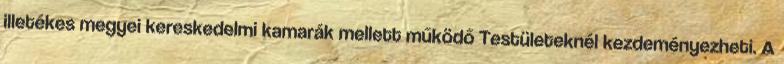
illetékes megyei kereskedelmi kamarák mellett működő Testületeknél kezdeményezheti. A